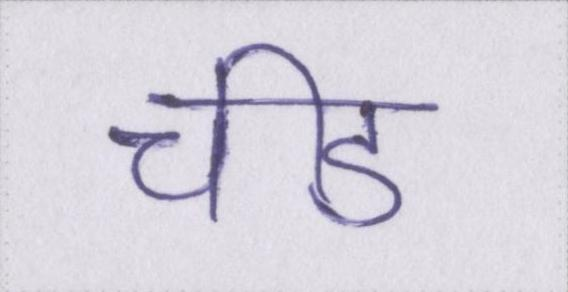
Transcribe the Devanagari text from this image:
चीड